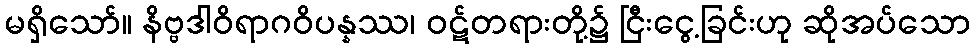
မရှိသော်။ နိဗ္ဗဒါဝိရာဂဝိပန္နဿ၊ ဝဋ်တရားတို့၌ ငြီးငွေ့ခြင်းဟု ဆိုအပ်သော